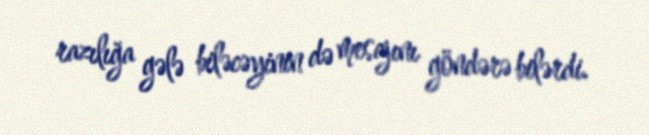
razılığa gələ biləcəyinin də mesajını göndərə bilərdi.